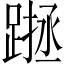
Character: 𨅰